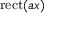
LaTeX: \operatorname { r e c t } ( a x )